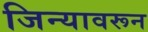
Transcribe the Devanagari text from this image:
जिन्यावरून